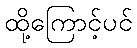
ထို့ကြောင့်ပင်